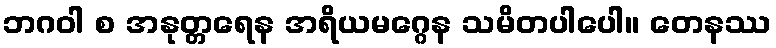
ဘဂဝါ စ အနုတ္တရေန အရိယမဂ္ဂေန သမိတပါပေါ။ တေနဿ